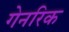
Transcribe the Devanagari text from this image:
गेनरिक